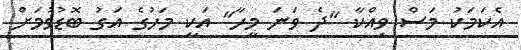
އެކަމަކު މަސް ވިއްކާ "ދެ ވަނަ މީހާ" އަކީ މަހުގެ އަގު ބޮޑުވުމަށް